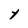
Character: Y